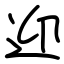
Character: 迎